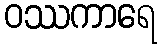
ဝဿကာရေ